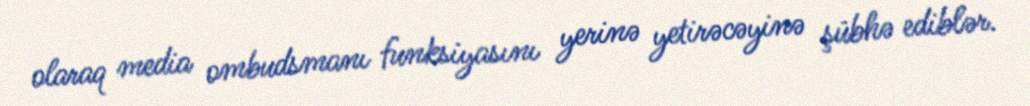
olaraq media ombudsmanı funksiyasını yerinə yetirəcəyinə şübhə ediblər.